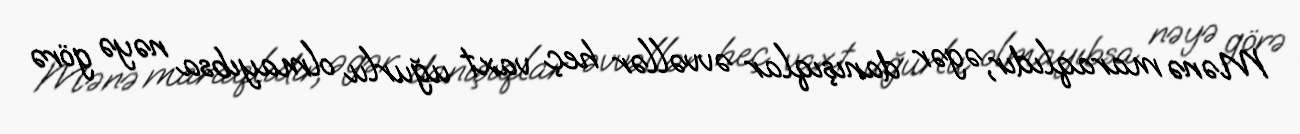
Mənə maraqlıdır, əgər danışıqlar əvvəllər heç vaxt uğurlu olmayıbsa nəyə görə